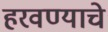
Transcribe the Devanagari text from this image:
हरवण्याचे